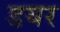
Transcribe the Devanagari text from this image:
डयर